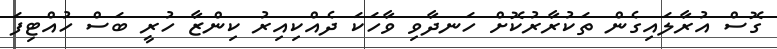
ގޮސް އުރާލައިގެން ތަކުރާރުކޮށް ހަނދާވި ވާހަކަ ދެއްކިއިރު ކިންޒާ ހުރީ ބަސް ހުއްޓިފަ